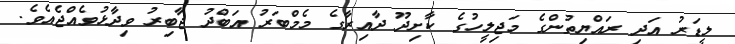
ލީޑަރު އަދި ރައްޔިތުންގެ މަޖިލީހުގެ ކާށިދޫ ދާއިރާގެ މެމްބަރު އަބްދު ޖާބިރު ވިދާޅުވެއްޖެއެވެ.